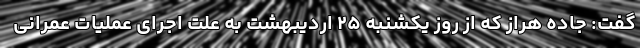
گفت: جاده هراز که از روز یکشنبه ۲۵ اردیبهشت به علت اجرای عملیات عمرانی